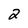
Character: 2